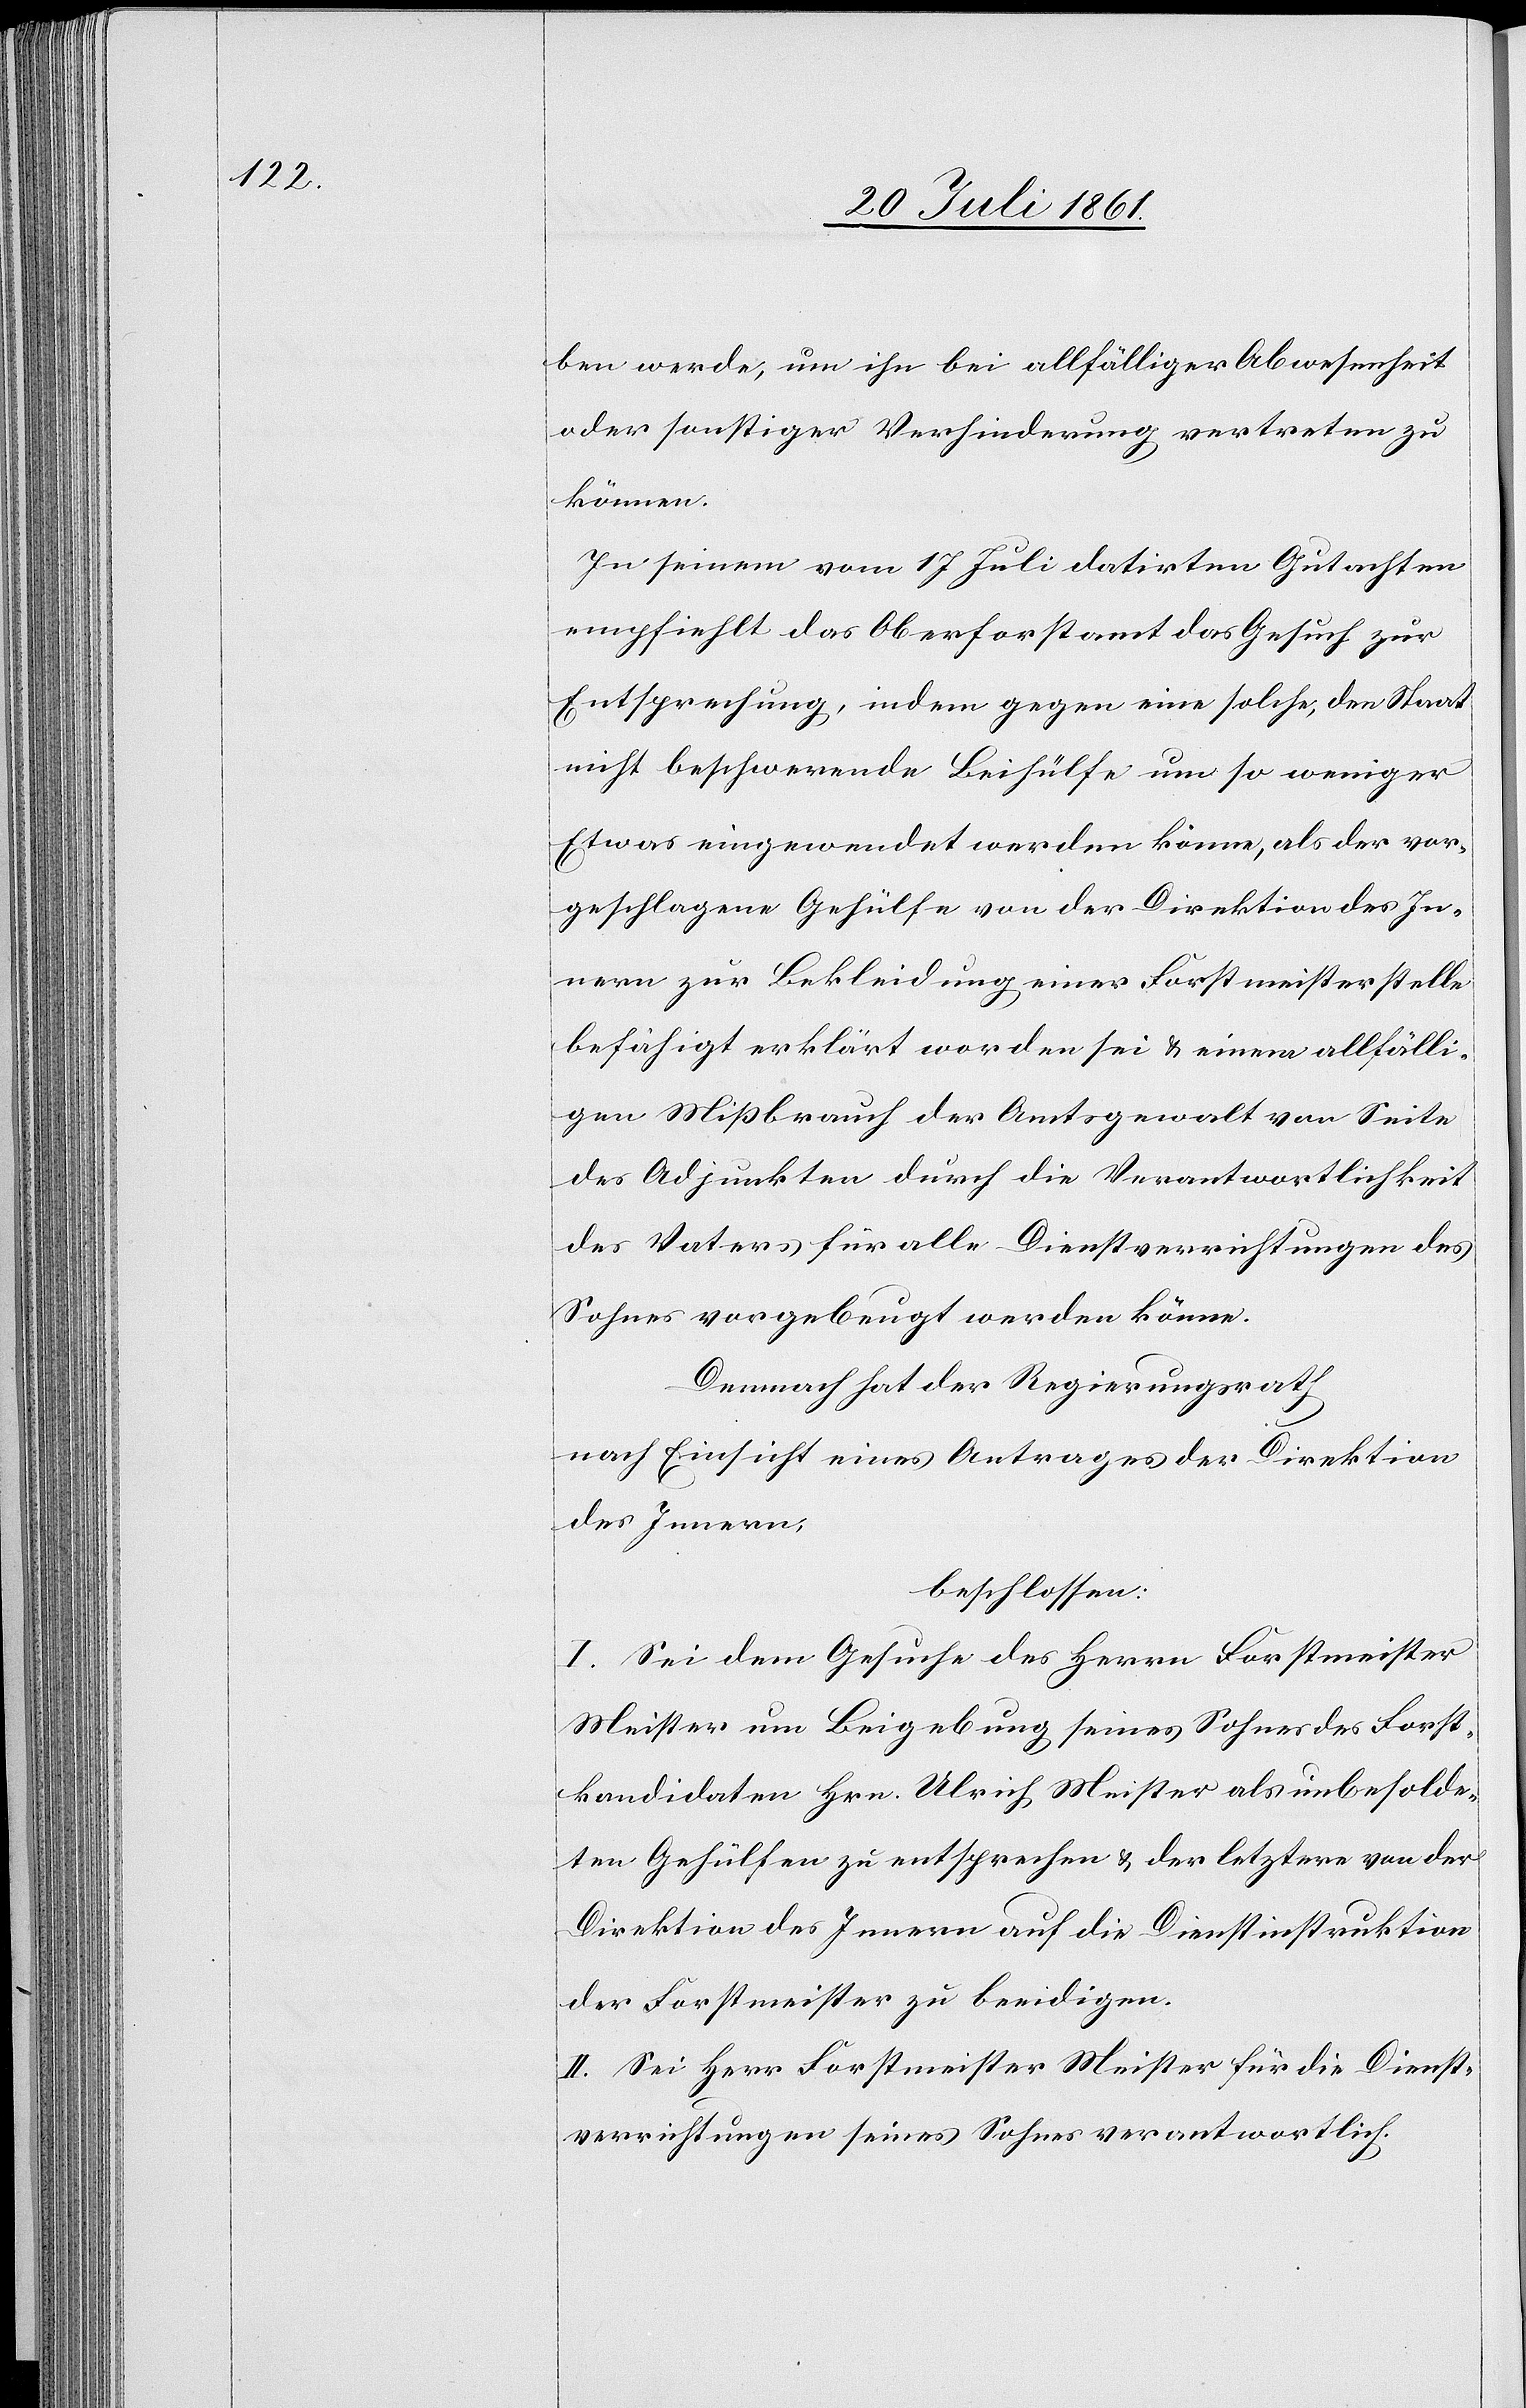
ben werde, um ihn bei allfälliger Abwesenheit
oder sonstiger Verhinderung vertreten zu
können.
In seinem vom 17 Juli datirten Gutachten
empfiehlt das Oberforstamt das Gesuch zur
Entsprechung, indem gegen eine solche, den Staat
nicht beschwerende Beihülfe um so weniger
Etwas eingewendet werden könne, als der vor¬
geschlagene Gehülfe von der Direktion des In¬
nern zur Bekleidung einer Forstmeisterstelle
befähigt erklärt worden sei u. einem allfälli¬
gen Mißbrauch der Amtsgewalt von Seite
des Adjunkten durch die Verantwortlichkeit
des Vaters für alle Dienstverrichtungen des
Sohnes vorgebeugt werden könne.
Demnach hat der Regierungsrath
nach Einsicht eines Antrages der Direktion
des Innern,
beschlossen:
I. Sei dem Gesuche des Herrn Forstmeister
Meister um Beigebung seines Sohnes Forst¬
kandidaten Hrn. Ulrich Meister als unbesolde¬
ten Gehülfen zu entsprechen u. der letztere von der
Direktion des Innern auf die Dienstinstruktion
der Forstmeister zu beeidigen.
II. Sei Herr Forstmeister Meister für die Dienst¬
verrichtungen seines Sohnes verantwortlich.